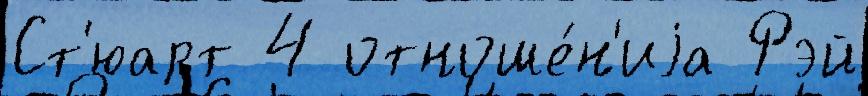
Ст'юарт 4 отноше́н'иjа Рэй